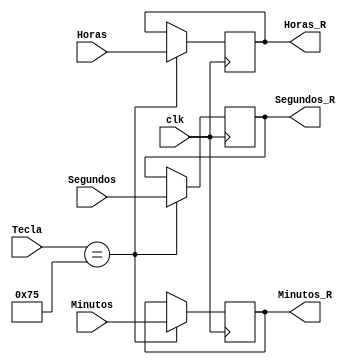
`timescale 1ns / 1ps
//////////////////////////////////////////////////////////////////////////////////
// Company: 
// Engineer: 
// 
// Design Name: 
// Module Name:    Registro_Contadores_Cronometro 
// Project Name: 
// Target Devices: 
// Tool versions: 
// Description: 
//
// Dependencies: 
//
// Revision: 
// Revision 0.01 - File Created
// Additional Comments: 
//
//////////////////////////////////////////////////////////////////////////////////
module Registro_Contadores_Cronometro(
    input clk,
    input [7:0] Segundos,
	 input [7:0] Minutos,
	 input [7:0] Horas,
	 input [7:0] Tecla, 
	 output reg [7:0] Segundos_R,
	 output reg [7:0] Minutos_R,
	 output reg [7:0] Horas_R
    );
	 
	 always @(posedge clk)
	    if ( Tecla == 8'h75)
		 begin
		    Segundos_R <= Segundos;
			 Minutos_R <= Minutos;
			 Horas_R <= Horas;
		 end 
		 else
		 begin
		    Segundos_R <= Segundos_R;
			 Minutos_R <= Minutos_R;
			 Horas_R <= Horas_R;
		 end 


endmodule